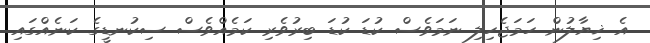
އެ ޚިޔާލުން ހަމަޖެހިލި ނަމަވެސް ކުޑަ ކުޑަ ބިރުވެރި ކަމެއްވެސް ސިކުނޑީގެ ކަނެއްގައި